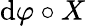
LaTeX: \operatorname{d}\! \varphi\circ X